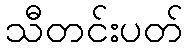
သီတင်းပတ်